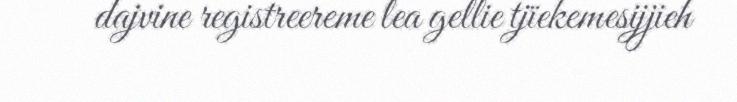
dajvine registreereme lea gellie tjïekemesijjieh